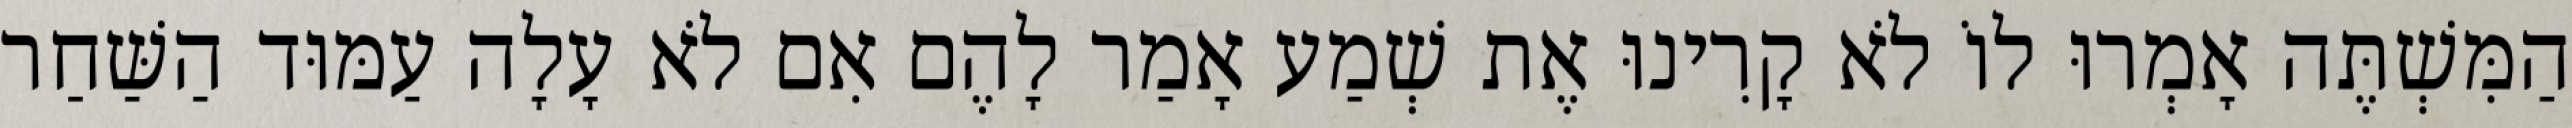
הַמִּשְׁתֶּה אָמְרוּ לוֹ לֹא קָרִינוּ אֶת שְׁמַע אָמַר לָהֶם אִם לֹא עָלָה עַמּוּד הַשַּׁחַר